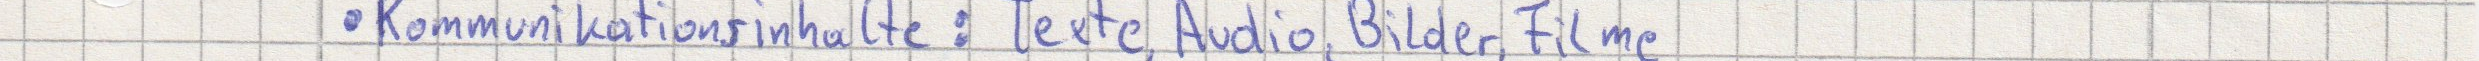
Kommunikationsinhalte: Texte, Audio, Bilder, Filme